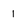
Character: 1